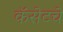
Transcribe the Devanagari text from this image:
कॅसेटचे